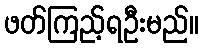
ဖတ်ကြည့်ရဦးမည်။